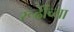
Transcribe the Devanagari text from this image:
रूढींच्या